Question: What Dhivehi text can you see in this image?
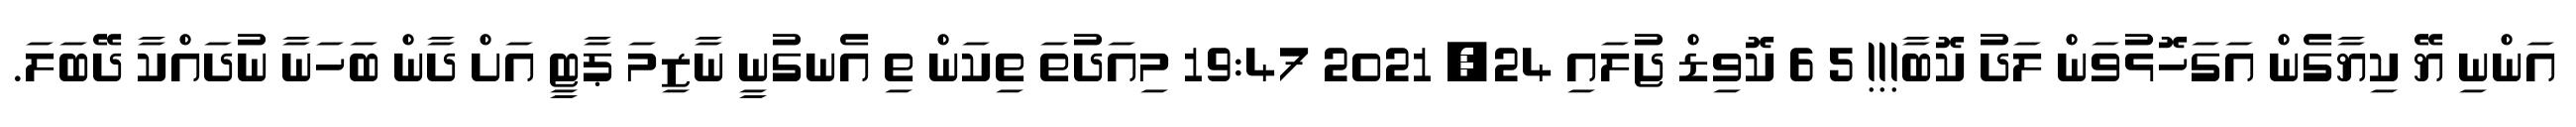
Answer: އަންނި ޔޭ ކިޔާގެން އަގަހޮޅުވަން ލަދު ކޮބާ!!! 5 6 ކޮވިޑް ޖުލައި 24, 2021 19:47 މިއަދުތަ ތިކަން ތި އެނގުނީ ނާޒިމަ ޕާޓީ އަށް ދާން ބަހަނާ ނުދައްކާ ދޭބަލަ.